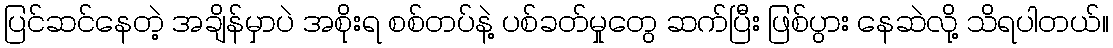
ပြင်ဆင်နေတဲ့ အချိန်မှာပဲ အစိုးရ စစ်တပ်နဲ့ ပစ်ခတ်မှုတွေ ဆက်ပြီး ဖြစ်ပွား နေဆဲလို့ သိရပါတယ်။